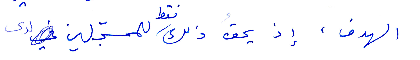
الهدف، اذ يحق ذلك فقط للمسجّلين لدى